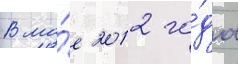
В ма́е 2012 го́да